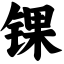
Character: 锞